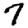
Digit: 7